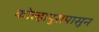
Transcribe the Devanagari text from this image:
कोल्हापुरापासून